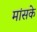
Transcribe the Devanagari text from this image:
मांसके